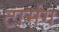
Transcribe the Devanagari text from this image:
टामंग